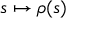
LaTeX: s \mapsto \rho ( s )